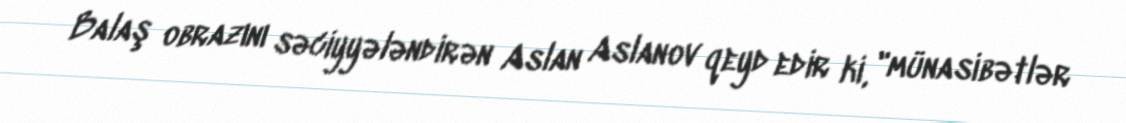
Balaş obrazını səciyyələndirən Aslan Aslanov qeyd edir ki, "münasibətlər